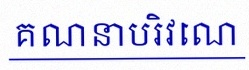
គណនាបរិវេណ